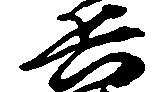
兵